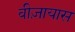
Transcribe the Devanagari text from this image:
वीज़ायास